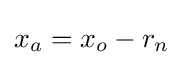
x_{a}=x_{o}-r_{n}